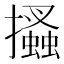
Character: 𢸪